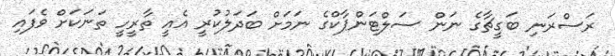
ރަސްރަނި ބަގީޗާގެ ނަން ސަލްޓަންޕާކްގެ ނަމަށް ބަދަލުކުރީ އެއީ ތާރީހީ ތަނަކަށް ވެފައި